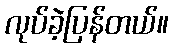
လုပ်ခဲ့ပြန်တယ်။